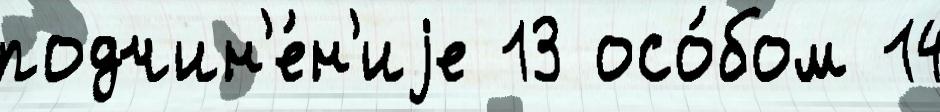
подчин'е́н'иjе 13 осо́бом 14